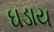
ઘડાય